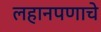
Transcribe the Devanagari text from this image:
लहानपणाचे